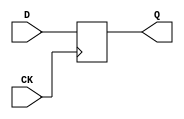
//-----------------------------------------------------
// Design Name : D-type Flip-flops
// Coder       : Xifan TANG
//-----------------------------------------------------

//-----------------------------------------------------
// Function    : A native D-type flip-flop with single output
//-----------------------------------------------------
module DFFQ (
  input CK, // Clock Input
  input D, // Data Input
  output Q // Q output
);
//------------Internal Variables--------
reg q_reg;

//-------------Code Starts Here---------
always @ (posedge CK) begin 
  q_reg <= D;
end

assign Q = q_reg;

endmodule //End Of Module

//-----------------------------------------------------
// Function    : A native D-type flip-flop
//-----------------------------------------------------
module DFF (
  input CK, // Clock Input
  input D, // Data Input
  output Q, // Q output
  output QN // QB output
);
//------------Internal Variables--------
reg q_reg;

//-------------Code Starts Here---------
always @ (posedge CK) begin 
  q_reg <= D;
end

assign Q = q_reg;
assign QN = ~q_reg;

endmodule //End Of Module

//-----------------------------------------------------
// Function    : D-type flip-flop with 
//               - single output
//               - asynchronous active high reset
//-----------------------------------------------------
module DFFRQ (
  input RST, // Reset input
  input CK, // Clock Input
  input D, // Data Input
  output Q // Q output
);
//------------Internal Variables--------
reg q_reg;

//-------------Code Starts Here---------
always @ ( posedge CK or posedge RST)
if (RST) begin
  q_reg <= 1'b0;
end else begin
  q_reg <= D;
end

assign Q = q_reg;

endmodule //End Of Module


//-----------------------------------------------------
// Function    : D-type flip-flop with 
//               - asynchronous active high reset
//-----------------------------------------------------
module DFFR (
  input RST, // Reset input
  input CK, // Clock Input
  input D, // Data Input
  output Q, // Q output
  output QN // QB output
);
//------------Internal Variables--------
reg q_reg;

//-------------Code Starts Here---------
always @ ( posedge CK or posedge RST)
if (RST) begin
  q_reg <= 1'b0;
end else begin
  q_reg <= D;
end

assign Q = q_reg;
assign QN = ~q_reg;

endmodule //End Of Module

//-----------------------------------------------------
// Function    : D-type flip-flop with 
//               - asynchronous active low reset
//-----------------------------------------------------
module DFFRN (
  input RSTN, // Reset input
  input CK, // Clock Input
  input D, // Data Input
  output Q, // Q output
  output QN // QB output
);
//------------Internal Variables--------
reg q_reg;

//-------------Code Starts Here---------
always @ ( posedge CK or negedge RSTN)
if (~RSTN) begin
  q_reg <= 1'b0;
end else begin
  q_reg <= D;
end

assign Q = q_reg;
assign QN = ~q_reg;

endmodule //End Of Module


//-----------------------------------------------------
// Function    : D-type flip-flop with 
//               - asynchronous active high set
//-----------------------------------------------------
module DFFS (
  input SET, // Set input
  input CK, // Clock Input
  input D, // Data Input
  output Q, // Q output
  output QN // QB output
);
//------------Internal Variables--------
reg q_reg;

//-------------Code Starts Here---------
always @ ( posedge CK or posedge SET)
if (SET) begin
  q_reg <= 1'b1;
end else begin
  q_reg <= D;
end

assign Q = q_reg;
assign QN = ~q_reg;

endmodule //End Of Module

//-----------------------------------------------------
// Function    : D-type flip-flop with 
//               - asynchronous active low set
//-----------------------------------------------------
module DFFSN (
  input SETN, // Set input
  input CK, // Clock Input
  input D, // Data Input
  output Q, // Q output
  output QN // QB output
);
//------------Internal Variables--------
reg q_reg;

//-------------Code Starts Here---------
always @ ( posedge CK or negedge SETN)
if (~SETN) begin
  q_reg <= 1'b1;
end else begin
  q_reg <= D;
end

assign Q = q_reg;
assign QN = ~q_reg;

endmodule //End Of Module


//-----------------------------------------------------
// Function    : D-type flip-flop with 
//               - asynchronous active high reset
//               - asynchronous active high set
//-----------------------------------------------------
module DFFSR (
  input SET, // set input
  input RST, // Reset input
  input CK, // Clock Input
  input D, // Data Input
  output Q, // Q output
  output QN // QB output
);
//------------Internal Variables--------
reg q_reg;

//-------------Code Starts Here---------
always @ ( posedge CK or posedge RST or posedge SET)
if (RST) begin
  q_reg <= 1'b0;
end else if (SET) begin
  q_reg <= 1'b1;
end else begin
  q_reg <= D;
end

assign Q = q_reg;
assign QN = ~q_reg;

endmodule //End Of Module

//-----------------------------------------------------
// Function    : D-type flip-flop with 
//               - asynchronous active high reset
//               - asynchronous active high set
//-----------------------------------------------------
module DFFSRQ (
  input SET, // set input
  input RST, // Reset input
  input CK, // Clock Input
  input D, // Data Input
  output Q // Q output
);
//------------Internal Variables--------
reg q_reg;

//-------------Code Starts Here---------
always @ ( posedge CK or posedge RST or posedge SET)
if (RST) begin
  q_reg <= 1'b0;
end else if (SET) begin
  q_reg <= 1'b1;
end else begin
  q_reg <= D;
end

assign Q = q_reg;

endmodule //End Of Module

//-----------------------------------------------------
// Function : A multi-functional D-type flip-flop with 
//           - asynchronous reset 
//             which can be switched between active-low and active high
//           - asynchronous set 
//             which can be switched between active-low and active high
//-----------------------------------------------------
module MULTI_MODE_DFFSRQ (
  input SET, // Set input
  input RST, // Reset input
  input CK, // Clock Input
  input D, // Data Input
  output Q, // Q output
  input [0:1] mode // mode-selection bits: bit0 for reset polarity; bit1 for set polarity
);

wire post_set = mode[1] ? ~SET : SET;
wire post_rst = mode[0] ? ~RST : RST;

DFFSRQ FF_CORE (.SET(post_set),
                .RST(post_rst),
                .CK(CK),
                .D(D),
                .Q(Q)
               );

endmodule //End Of Module

//-----------------------------------------------------
// Function : A multi-functional D-type flip-flop with 
//           - asynchronous reset 
//             which can be switched between active-low and active high
//-----------------------------------------------------
module MULTI_MODE_DFFRQ (
  input RST, // Reset input
  input CK, // Clock Input
  input D, // Data Input
  output Q, // Q output
  input mode // mode-selection bits: bit0 for reset polarity; bit1 for set polarity
);

wire post_rst = mode ? ~RST : RST;

DFFRQ FF_CORE (.RST(post_rst),
               .CK(CK),
               .D(D),
               .Q(Q)
               );

endmodule //End Of Module

//-----------------------------------------------------
// Function : A multi-functional D-type flip-flop with 
//           - asynchronous reset 
//             which can be switched between active-low and active high
//           - clock
//             which can be switched between positive edge triggered and negative edge triggered
//-----------------------------------------------------
module MULTI_MODE_DFFNRQ (
  input RST, // Reset input
  input CK, // Clock Input
  input D, // Data Input
  output Q, // Q output
  input [0:1] mode // mode-selection bits: bit0 for reset polarity; bit1 for set polarity
);

wire post_rst = mode[0] ? ~RST : RST;
wire post_clk = mode[1] ? ~CK : CK;

DFFRQ FF_CORE (.RST(post_rst),
               .CK(post_clk),
               .D(D),
               .Q(Q)
               );

endmodule //End Of Module


//-----------------------------------------------------
// Function    : D-type flip-flop with 
//               - asynchronous active high reset
//               - asynchronous active high set
//               - scan-chain input
//               - a scan-chain enable 
//-----------------------------------------------------
module SDFFSR (
  input SET, // Set input
  input RST, // Reset input
  input CK, // Clock Input
  input SE, // Scan-chain Enable
  input D, // Data Input
  input SI, // Scan-chain input
  output Q, // Q output
  output QN // Q negative output
);
//------------Internal Variables--------
reg q_reg;

//-------------Code Starts Here---------
always @ ( posedge CK or posedge RST or posedge SET)
if (RST) begin
  q_reg <= 1'b0;
end else if (SET) begin
  q_reg <= 1'b1;
end else if (SE) begin
  q_reg <= SI;
end else begin
  q_reg <= D;
end

assign Q = q_reg;
assign QN = !Q;

endmodule //End Of Module

//-----------------------------------------------------
// Function    : D-type flip-flop with 
//               - asynchronous active high reset
//               - scan-chain input
//               - a scan-chain enable 
//-----------------------------------------------------
module SDFFRQ (
  input RST, // Reset input
  input CK, // Clock Input
  input SE, // Scan-chain Enable
  input D, // Data Input
  input SI, // Scan-chain input
  output Q // Q output
);
//------------Internal Variables--------
reg q_reg;

//-------------Code Starts Here---------
always @ ( posedge CK or posedge RST)
if (RST) begin
  q_reg <= 1'b0;
end else if (SE) begin
  q_reg <= SI;
end else begin
  q_reg <= D;
end

assign Q = q_reg;

endmodule //End Of Module

//-----------------------------------------------------
// Function    : D-type flip-flop with 
//               - asynchronous active high reset
//               - asynchronous active high set
//               - scan-chain input
//               - a scan-chain enable 
//-----------------------------------------------------
module SDFFSRQ (
  input SET, // Set input
  input RST, // Reset input
  input CK, // Clock Input
  input SE, // Scan-chain Enable
  input D, // Data Input
  input SI, // Scan-chain input
  output Q // Q output
);
//------------Internal Variables--------
reg q_reg;

//-------------Code Starts Here---------
always @ ( posedge CK or posedge RST or posedge SET)
if (RST) begin
  q_reg <= 1'b0;
end else if (SET) begin
  q_reg <= 1'b1;
end else if (SE) begin
  q_reg <= SI;
end else begin
  q_reg <= D;
end

assign Q = q_reg;

endmodule //End Of Module

//-----------------------------------------------------
// Function    : D-type flip-flop with 
//               - asynchronous active high reset
//               - scan-chain input
//               - a scan-chain enable 
//               - a configure enable, when enabled the registered output will
//               be released to the Q
//-----------------------------------------------------
module CFGSDFFR (
  input RST, // Reset input
  input CK, // Clock Input
  input SE, // Scan-chain Enable
  input D, // Data Input
  input SI, // Scan-chain input
  input CFGE, // Configure enable
  output Q, // Regular Q output
  output CFGQ, // Data Q output which is released when configure enable is activated
  output CFGQN // Data Qb output which is released when configure enable is activated
);
//------------Internal Variables--------
reg q_reg;
wire QN;

//-------------Code Starts Here---------
always @ ( posedge CK or posedge RST)
if (RST) begin
  q_reg <= 1'b0;
end else if (SE) begin
  q_reg <= SI;
end else begin
  q_reg <= D;
end

assign CFGQ = CFGE ? Q : 1'b0;
assign CFGQN = CFGE ? QN : 1'b1;

assign Q = q_reg;
assign QN = !Q;

endmodule //End Of Module

//-----------------------------------------------------
// Function    : D-type flip-flop with 
//               - asynchronous active high reset
//               - scan-chain input
//               - a scan-chain enable 
//               - a configure enable, when enabled the registered output will
//               be released to the CFGQ
//               - a configure done, when enable, the regsitered output will be released to the Q
//-----------------------------------------------------
module CFGDSDFFR (
  input RST, // Reset input
  input CK, // Clock Input
  input SE, // Scan-chain Enable
  input D, // Data Input
  input SI, // Scan-chain input
  input CFGE, // Configure enable
  input CFG_DONE, // Configure done
  output Q, // Regular Q output
  output CFGQ, // Data Q output which is released when configure enable is activated
  output CFGQN // Data Qb output which is released when configure enable is activated
);
//------------Internal Variables--------
reg q_reg;
wire QN;

//-------------Code Starts Here---------
always @ ( posedge CK or posedge RST)
if (RST) begin
  q_reg <= 1'b0;
end else if (SE) begin
  q_reg <= SI;
end else begin
  q_reg <= D;
end

assign CFGQ = CFGE ? Q : 1'b0;
assign CFGQN = CFGE ? QN : 1'b1;

assign Q = CFG_DONE ? q_reg : 1'b0;
assign QN = CFG_DONE ? !Q : 1'b1;

endmodule //End Of Module


//-----------------------------------------------------
// Function    : D-type flip-flop with 
//               - asynchronous active high reset
// @note This DFF is designed to drive BLs when shift registers are used
//-----------------------------------------------------
module BL_DFFRQ (
  input RST, // Reset input
  input CK, // Clock Input
  input SIN, // Data Input
  output SOUT, // Q output
  output BL // BL output
);
//------------Internal Variables--------
reg q_reg;

//-------------Code Starts Here---------
always @ ( posedge CK or posedge RST)
if (RST) begin
  q_reg <= 1'b0;
end else begin
  q_reg <= SIN;
end

assign SOUT = q_reg;
assign BL = q_reg;

endmodule //End Of Module

//-----------------------------------------------------
// Function    : D-type flip-flop with 
//               - asynchronous active high reset
// @note This DFF is designed to drive WLs when shift registers are used
//-----------------------------------------------------
module WL_DFFRQ (
  input RST, // Reset input
  input CK, // Clock Input
  input SIN, // Data Input
  input WEN, // Write-enable
  output SOUT, // Q output
  output WLW // Drive WL write signals
);
//------------Internal Variables--------
reg q_reg;

//-------------Code Starts Here---------
always @ ( posedge CK or posedge RST)
if (RST) begin
  q_reg <= 1'b0;
end else begin
  q_reg <= SIN;
end

assign SOUT = q_reg;
assign WLW = WEN ? q_reg : 1'b0;

endmodule //End Of Module

//-----------------------------------------------------
// Function    : D-type flip-flop with 
//               - asynchronous active high reset
// @note This DFF is designed to drive WLs and WLRs when shift registers are used
//-----------------------------------------------------
module WLR_DFFRQ (
  input RST, // Reset input
  input CK, // Clock Input
  input SIN, // Data Input
  input WEN, // Write-enable
  output SOUT, // Q output
  output WLW, // Drive WL write signals
  output WLR // Drive WL read signals
);
//------------Internal Variables--------
reg q_reg;

//-------------Code Starts Here---------
always @ ( posedge CK or posedge RST)
if (RST) begin
  q_reg <= 1'b0;
end else begin
  q_reg <= SIN;
end

assign SOUT = q_reg;
assign WLW = WEN ? q_reg : 1'b0;
assign WLR = 1'b0; // Use a constant output just for simple testing

endmodule //End Of Module